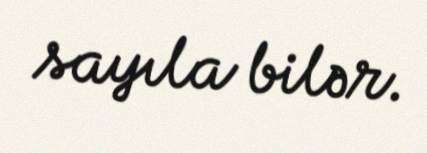
sayıla bilər.